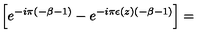
\left[ e ^ { - i \pi ( - \beta - 1 ) } - e ^ { - i \pi \epsilon ( z ) ( - \beta - 1 ) } \right] =